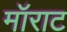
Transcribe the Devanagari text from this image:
मॉराट